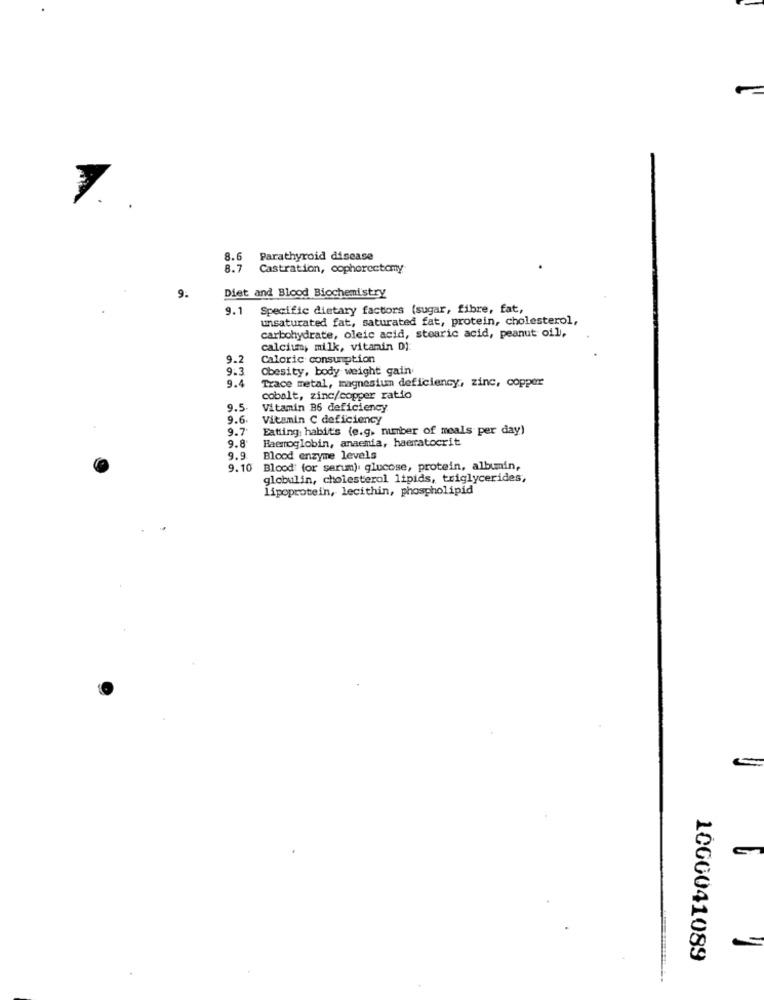
7 ..
8.6
Parathyroid disease
8.7
Castration, cophorectomy
9.
Diet and Blood Biochemistry
9.1
Specific dietary factors (sugar, fibre, fat,
unsaturated fat, saturated fat, protein, cholesterol,
carbohydrate, oleic acid, stearic acid, peanut oil,
calcium, milk, vitamin D):
9.2
Caloric consumption
9.3
Obesity, body weight gain
9.4
Trace metal, magnesium deficiency, zinc, copper
cobalt, zinc/copper ratio
9.5.
Vitamin B6 deficiency
9.6.
Vitamin C deficiency
9.7
Eating habits (e.g. number of meals per day)
9.8
Haemoglobin, anaemia, haerratocrit
9.9
Blood enzyme levels
9.10
Blood' for serumm), glucose, protein, albumin,
globulin, cholesterol lipids, triglycerides;
lipoprotein, lecithin, phospholipid
1060041089